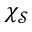
\chi _ { \mathcal { S } }